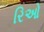
રિઓ